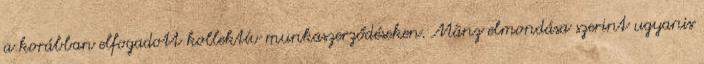
a korábban elfogadott kollektív munkaszerződéseken. Mânz elmondása szerint ugyanis